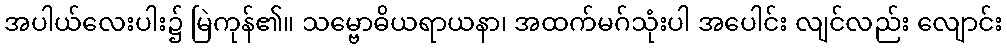
အပါယ်လေးပါး၌ မြဲကုန်၏။ သမ္ဗောဓိယရာယနာ၊ အထက်မဂ်သုံးပါ အပေါင်း လျင်လည်း လျောင်း